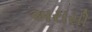
અરાસી